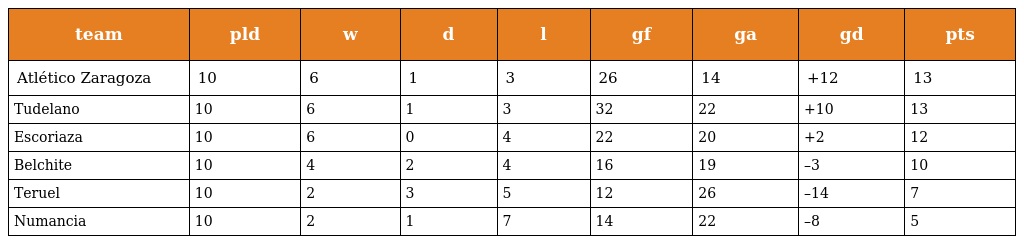
| team | pld | w | d | l | gf | ga | gd | pts |
 | --- | --- | --- | --- | --- | --- | --- | --- | --- |
 | Atlético Zaragoza | 10 | 6 | 1 | 3 | 26 | 14 | +12 | 13 |
 | Tudelano | 10 | 6 | 1 | 3 | 32 | 22 | +10 | 13 |
 | Escoriaza | 10 | 6 | 0 | 4 | 22 | 20 | +2 | 12 |
 | Belchite | 10 | 4 | 2 | 4 | 16 | 19 | –3 | 10 |
 | Teruel | 10 | 2 | 3 | 5 | 12 | 26 | –14 | 7 |
 | Numancia | 10 | 2 | 1 | 7 | 14 | 22 | –8 | 5 |